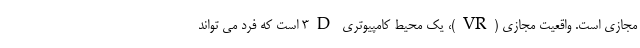
مجازی است. واقعیت مجازی (VR)، یک محیط کامپیوتری 3D است که فرد می تواند